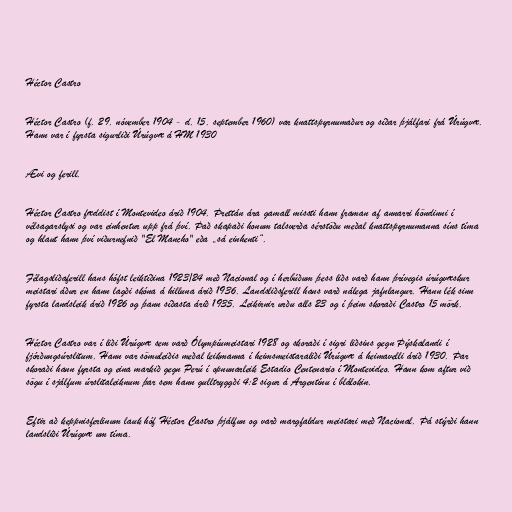
Héctor Castro

Héctor Castro (f. 29. nóvember 1904 - d. 15. september 1960) var knattspyrnumaður og síðar þjálfari frá Úrúgvæ.
Hann var í fyrsta sigurliði Úrúgvæ á HM 1930

Ævi og ferill.

Héctor Castro fæddist í Montevideo árið 1904. Þrettán ára gamall missti hann framan af annarri höndinni í
vélsagarslysi og var einhentur upp frá því. Það skapaði honum talsverða sérstöðu meðal knattspyrnumanna síns tíma
og hlaut hann því viðurnefnið "El Mancho" eða „sá einhenti“.

Félagsliðaferill hans hófst leiktíðina 1923/24 með Nacional og í herbúðum þess liðs varð hann þrívegis úrúgvæskur
meistari áður en hann lagði skóna á hilluna árið 1936. Landsliðsferill hans varð nálega jafnlangur. Hann lék sinn
fyrsta landsleik árið 1926 og þann síðasta árið 1935. Leikirnir urðu alls 23 og í þeim skoraði Castro 15 mörk.

Héctor Castro var í liði Úrúgvæ sem varð Ólympíumeistari 1928 og skoraði í sigri liðsins gegn Þýskalandi í
fjórðungsúrslitum. Hann var sömuleiðis meðal leikmanna í heimsmeistaraliði Úrúgvæ á heimavelli árið 1930. Þar
skoraði hann fyrsta og eina markið gegn Perú í opnunarleik Estadio Centenario í Montevideo. Hann kom aftur við
sögu í sjálfum úrslitaleiknum þar sem hann gulltryggði 4:2 sigur á Argentínu í blálokin.

Eftir að keppnisferlinum lauk hóf Héctor Castro þjálfun og varð margfaldur meistari með Nacional. Þá stýrði hann
landsliði Úrúgvæ um tíma.